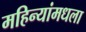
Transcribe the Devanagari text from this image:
महिन्यांमधला